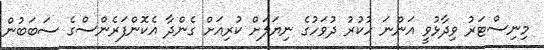
މިނިސްޓަރު ވިދާޅުވީ އަންނަ ހުކުރު ދުވަހުގެ ނިޔަލަަށް ކުރިއަށް ގެންދާ އެކޮންފަރެންސްގެ ސަބަބުން